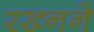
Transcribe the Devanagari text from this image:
रख्नने